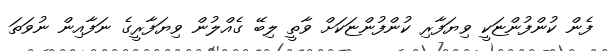
ފެން ކުންފުންޏަކީ ވިޔަފާރި ކުންފުންޏަކަށް ވާތީ ލިބޭ ގެއްލުން ވިޔަފާރީގެ ނަފާއިން ނުވަތަ